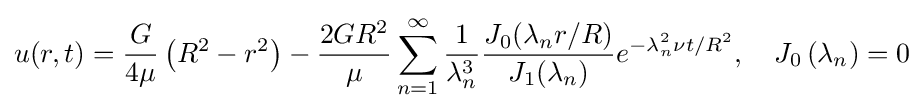
u(r,t)={\frac {G}{4\mu }}\left(R^{2}-r^{2}\right)-{\frac {2GR^{2}}{\mu }}\sum _{n=1}^{\infty }{\frac {1}{\lambda _{n}^{3}}}{\frac {J_{0}(\lambda _{n}r/R)}{J_{1}(\lambda _{n})}}e^{-\lambda _{n}^{2}\nu t/R^{2}},\quad J_{0}\left(\lambda _{n}\right)=0